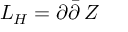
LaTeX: L _ { H } = \partial \bar { \partial } \, Z